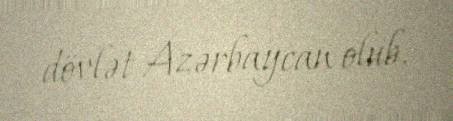
dövlət Azərbaycan olub.